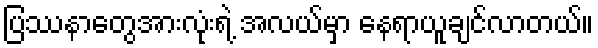
ပြဿနာတွေအားလုံးရဲ့ အလယ်မှာ နေရာယူချင်လာတယ်။